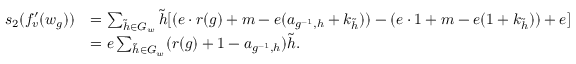
\begin{array} { r l } { s _ { 2 } ( f _ { v } ^ { \prime } ( w _ { g } ) ) } & { = \sum _ { \Tilde { h } \in G _ { w } } \Tilde { h } [ ( e \cdot r ( g ) + m - e ( a _ { g ^ { - 1 } , h } + k _ { \Tilde { h } } ) ) - ( e \cdot 1 + m - e ( 1 + k _ { \Tilde { h } } ) ) + e ] } \\ & { = e \sum _ { \Tilde { h } \in G _ { w } } ( r ( g ) + 1 - a _ { g ^ { - 1 } , h } ) \Tilde { h } . } \end{array}